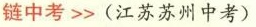
链中考>>(江苏苏州中考)